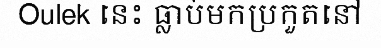
Oulek នេះ ធ្លាប់មកប្រកួតនៅ